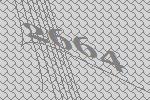
2664